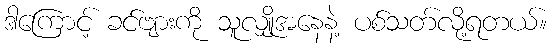
ဒါကြောင့် ခင်ဗျားကို သူလျှိုအနေနဲ့ ပစ်သတ်လို့ရတယ်။